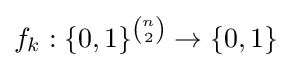
f_{k}:\{0,1\}^{n \choose 2}\to \{0,1\}